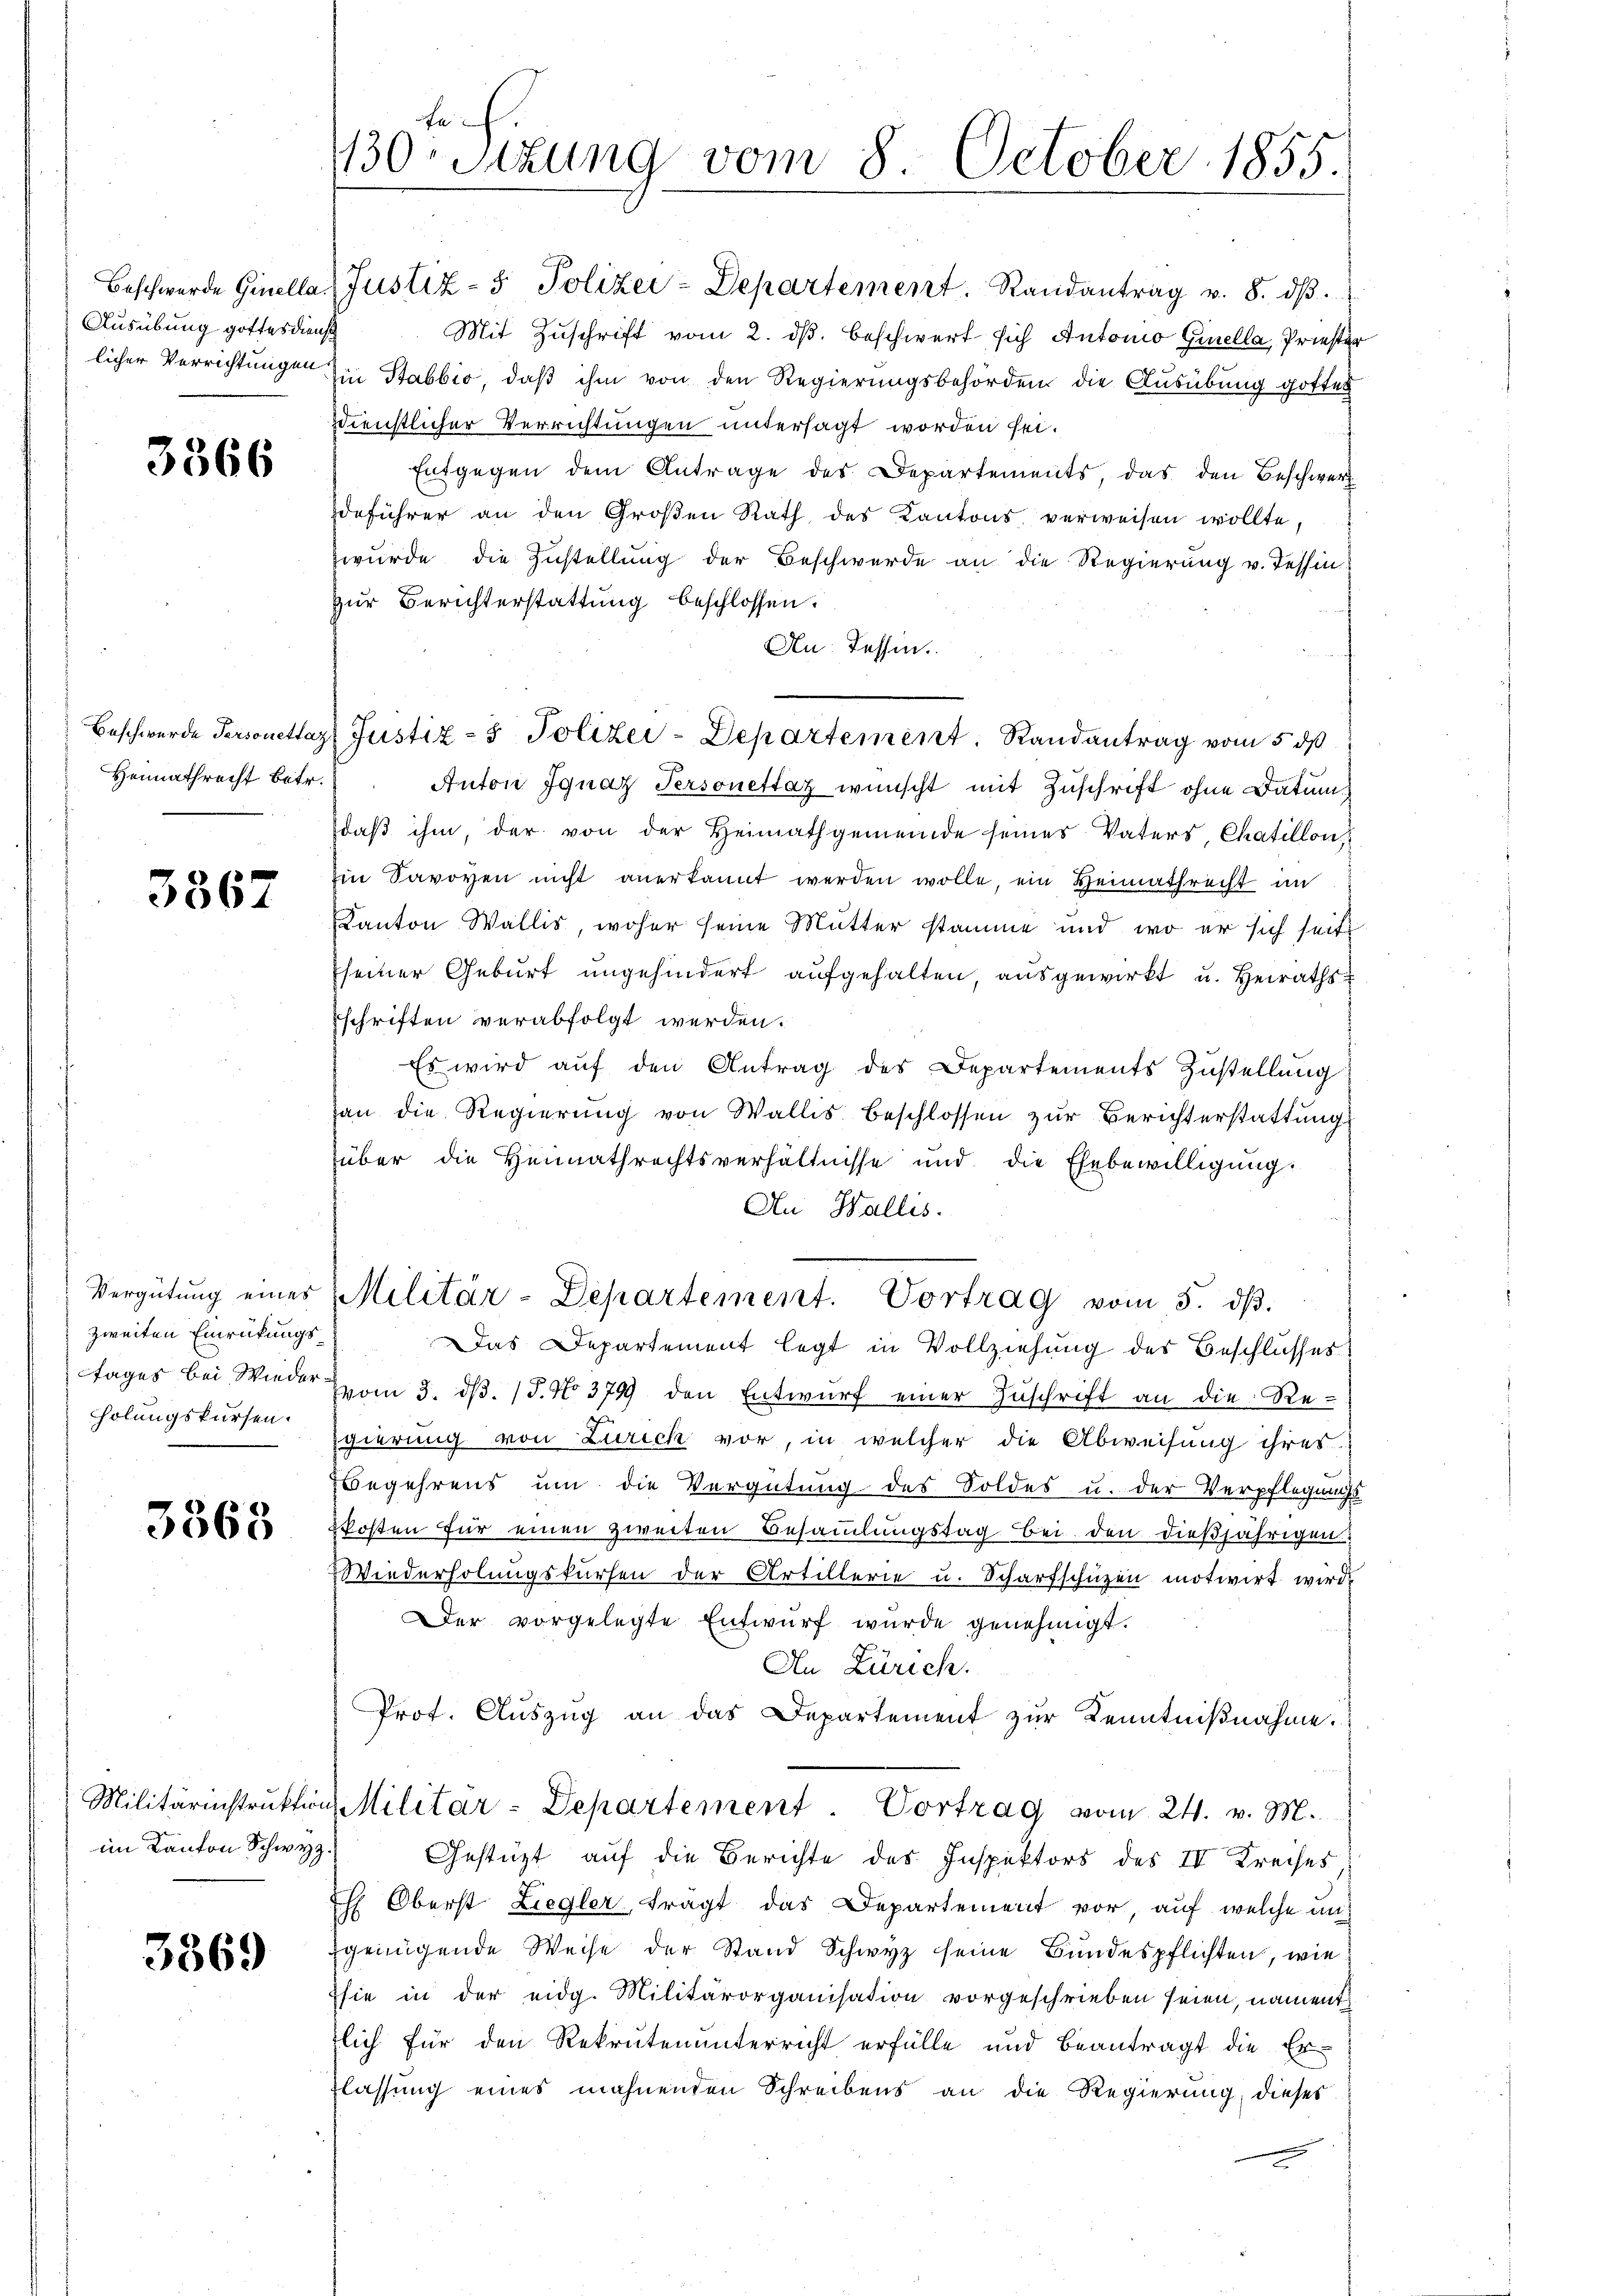
Ausübung gottesdienst

3366

Heimathrecht betr.

3867

zweiten Einrückungsholungskursen.

3368

im Kanton Schwyz

3369

Beschwerde Ginella Justiz- & Polizei-Departement. Randantrag v. 8. dβ.
Mit Zuschrift vom 2. ds. beschwert sich Antonio Gisella, Priester
licher Verrichtungen im Stabbio, daß ihm von den Regierungsbehörden die Ausübung gotten
dienstlicher Verrichtungen untersagt worden sei.
Entgegen dem Antrage des Departements, das den Beschwerz
deführer an den Großen Rath des Kantons verweisen wollte,
wurde die Zustellung der Beschwerde an die Regierung v. Tessin
Zur Berichterstattung beschlossen.
Au: Tessin.
Anton Ignaz Personettag wünscht mit Zuschrift ohne Datum
daß ihm, der von der Heimathgemeinde seines Vaters Chatillon,
Ein Savoyen nicht anerkannt werden wolle, ein Heimathrecht im
Kanton Wallis, woher seine Mutter stamme und wo er sich seit
seiner Geburt ungehindert aufgehalten, ausgewirkt u. Heirathsschriften verabfolgt werden.
Es wird aŭf den Antrag des Departements Zŭstellŭng
an die Regierŭng von Wallis beschlossen zŭr Berichterstattung
über die Heimathrechtsverhältnisse und die Ehebewilligung.
Au Wallis.
Vergütŭng eines Militär-Departement. Vortrag vom 5. dβ.
Das Departement legt in Vollziehung der Beschlusses
tages bei Wieder vom 3. dβ. 15. No 379 den Entwŭrf einer Zŭschrift an die Regierung von Zürich vor, in welcher die Abweisung ihres
Begehrens um die Vergütung des Soldes u. der Verpflegungs
kosten für einen zweiten Besammlungstag bei den dießjährigen
Wiederholungskursen der Artillerie u. Scharfschüzen motivirt wird
Der vorgelegte Entwŭrf wurde genehmigt.
An Zürich.
Prof. Auszug an das Departement zur Kenntnißnahme.
Militärinstruktion Militar-Departement. Vortrag vom 24. v. M.
Gestützt auf die Berichte des Inspektors des IV Kreises
Eh Oberst Liegler, trägt das Departement vor, auf welche un
Egenügende Weise der Stand Schwyz seine Bundespflichten, wie
Esie in der eidg. Militärorganisation vorgeschrieben seien, nament
zlich für den Rekruten unterricht erfülle und beantragt die Er-
flassung eines mahnenden Schreibens an die Regierung, dieses

130 Sizung vom 8. October 1855.

Beschwerde Personettaz Justiz- & Polizei-Departement. Randantrag vom 5. ds